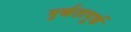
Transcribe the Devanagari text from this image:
मुर्खतापूर्ण